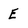
Character: E